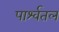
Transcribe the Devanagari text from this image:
पार्श्वतल